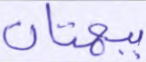
ببهتان